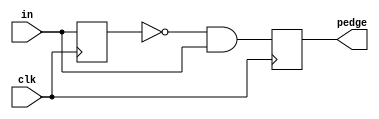
module top_module (
    input clk,
    input [7:0] in,
    output [7:0] pedge
);
    
    wire [7:0] pre;
    
    always @(posedge clk) begin
        pedge <= (~pre & in);
    	pre <= in;
    end

endmodule